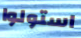
استولوا